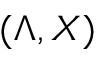
( \Lambda , X )